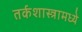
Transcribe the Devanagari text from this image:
तर्कशास्त्रामध्ये